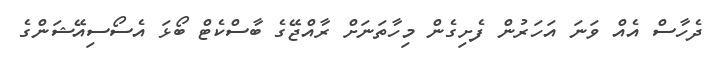
ދެހާސް އެެއް ވަނަ އަހަރުން ފެށިގެން މިހާތަނަށް ރާއްޖޭގެ ބާސްކެޓް ބޯޅަ އެސޯސިއޭޝަންގެ